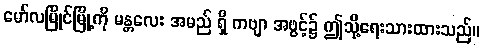
မော်လမြိုင်မြို့ကို မန္တလေး အမည် ရှိ ကဗျာ အဖွင့်၌ ဤသို့ရေးသားထားသည်။